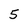
Character: 5